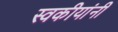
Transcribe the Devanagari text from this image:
स्वकीयांनी